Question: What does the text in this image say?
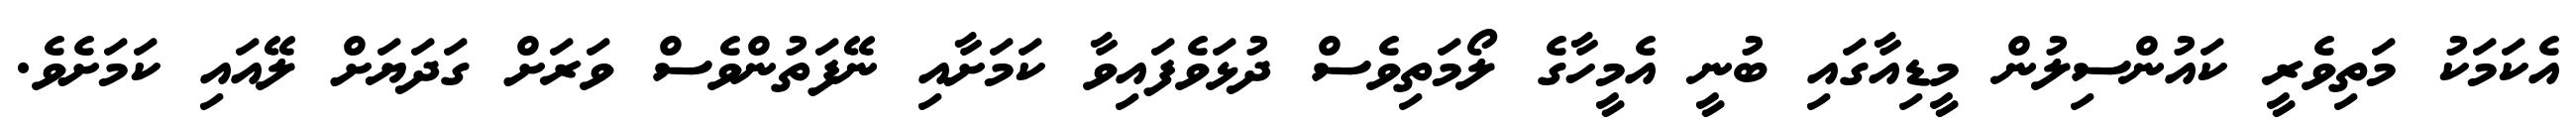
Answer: އެކަމަކު މަތިވެރީ ކައުންސިލުން މީޑިއާގައި ބުނީ އެމީހާގެ ލޯމަތިވެސް ދުޅަވެފައިވާ ކަމަށާއި ނޭފަތުންވެސް ވަރަށް ގަދަޔަށް ލޭއައި ކަމަށެވެ.